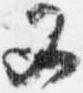
又